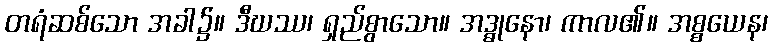
တရံဆစ်သော အခါ၌။ ဒီဃဿ၊ ရှည်စွာသော။ အဒ္ဓုနော၊ ကာလ၏။ အစ္စယေန၊